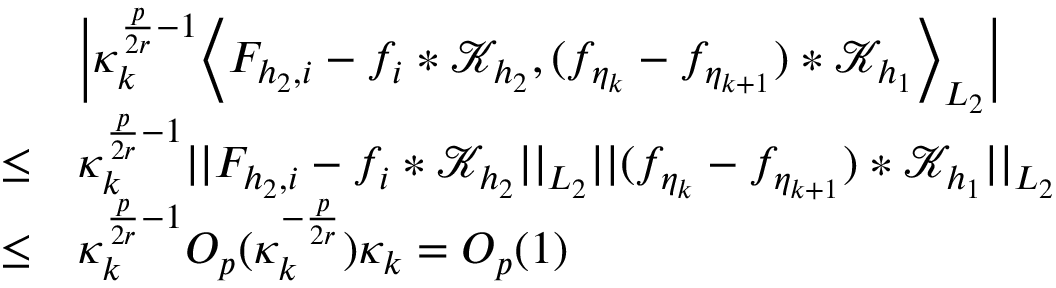
\begin{array} { r l } & { \Big | \kappa _ { k } ^ { \frac { p } { 2 r } - 1 } \Big \langle F _ { { h _ { 2 } } , i } - f _ { i } * \mathcal { K } _ { h _ { 2 } } , ( f _ { \eta _ { k } } - f _ { \eta _ { k + 1 } } ) * \mathcal { K } _ { h _ { 1 } } \Big \rangle _ { L _ { 2 } } \Big | } \\ { \le } & { \kappa _ { k } ^ { \frac { p } { 2 r } - 1 } \vert \vert F _ { { h _ { 2 } } , i } - f _ { i } * \mathcal { K } _ { h _ { 2 } } \vert \vert _ { L _ { 2 } } \vert \vert ( f _ { \eta _ { k } } - f _ { \eta _ { k + 1 } } ) * \mathcal { K } _ { h _ { 1 } } \vert \vert _ { L _ { 2 } } } \\ { \le } & { \kappa _ { k } ^ { \frac { p } { 2 r } - 1 } O _ { p } ( \kappa _ { k } ^ { - \frac { p } { 2 r } } ) \kappa _ { k } = O _ { p } ( 1 ) } \end{array}